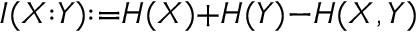
I ( X { : } Y ) { : = } H ( X ) { + } H ( Y ) { - } H ( X , Y )